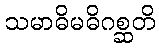
သမာဓိမဓိဂစ္ဆတိ